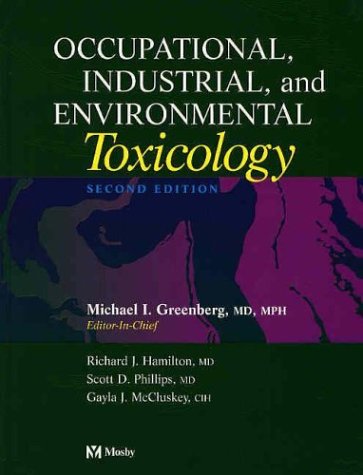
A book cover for Occupational, Industrial, and Environmental Toxicology, 2e; Micahel Greenberg; Medical Books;